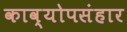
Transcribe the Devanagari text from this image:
काव्योपसंहार